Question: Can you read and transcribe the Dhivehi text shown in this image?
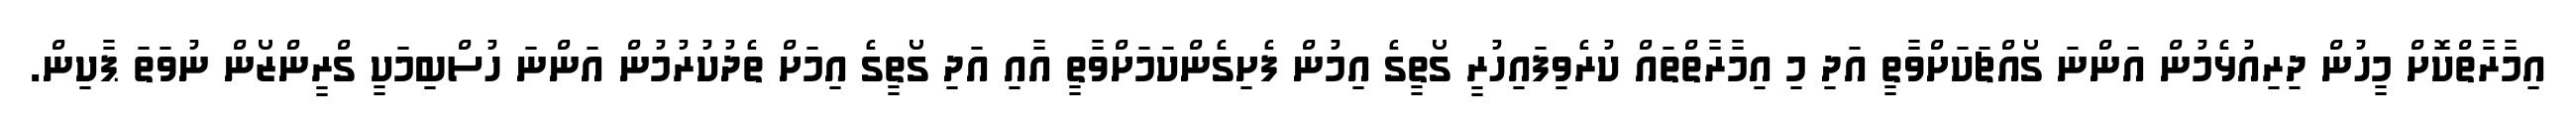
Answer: އިމާރާތްކޮށް މީހުން ދިރިއުޅެމުން އަންނަ ގޯއްޗަކަށްވާތީ އަދި މި އިމާރާތްތައް ކުރެވިފައިހުރީ ގޯތީގެ އިމުން ފެށިގެންކަމަށްވާތީ އާއި އަދި ގޯތީގެ އިމަށް ތެދުކުރުމުން އަންނަ ހުސްބިމަކީ ގްރީންޒޯން ނުވަތަ ޕާކިން.